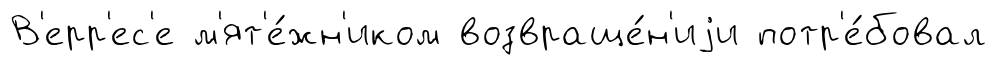
В'ерр'ес'е м'ят'е́жн'иком возвраще́н'иjи потр'е́бовал